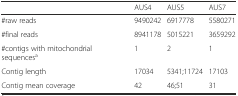
<table><thead><tr><td>[EMPTY_CELL]</td><td><b>AUS4</b></td><td><b>AUS5</b></td><td><b>AUS7</b></td></tr></thead><tbody><tr><td>#raw reads</td><td>9490242</td><td>6917778</td><td>5580271</td></tr><tr><td>#final reads</td><td>8941178</td><td>5015221</td><td>3659292</td></tr><tr><td>#contigs with mitochondrial sequences<sup>a</sup></td><td>1</td><td>2</td><td>1</td></tr><tr><td>Contig length</td><td>17034</td><td>5341;11724</td><td>17103</td></tr><tr><td>Contig mean coverage</td><td>42</td><td>46;51</td><td>31</td></tr></tbody></table>